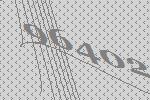
96402